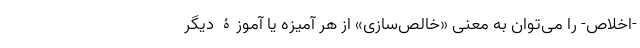
-اخلاص- را می‌توان به معنی «خالص‌سازی» از هر آمیزه یا آموزۀ دیگر